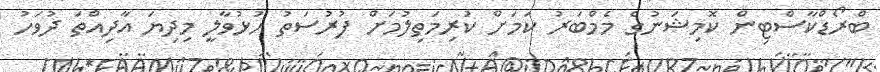
ބްރޯޑްކާސްޓިން ކޮމިޝަނުގެ މެމްބަރު ކަމަށް ކުރިމަތިލުމަށް ފުރުސަތު ހުޅުވާލީ މިދިޔަ އާދިއްތަ ދުވަހު